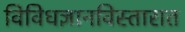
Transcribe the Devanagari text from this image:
विविधज्ञानविस्तारात